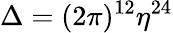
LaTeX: \Delta=(2\pi)^{12}\eta^{24}